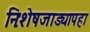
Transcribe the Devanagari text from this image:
निःशेषजाड्यापहा